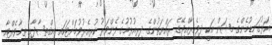
އަޅުގަނޑުމެންގެ މިޝަން އަކީ ދިވެހިރާއްޖޭގެ ރައްޔަތުންގެ ދިރިއުޅުމުގެ ފެންވަރު ކުރިއެރުވުމަށްޓަކައި އިޤްތިޞާދާއި ތިމާވެއްޓާއި